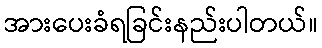
အားပေးခံရခြင်းနည်းပါတယ်။